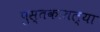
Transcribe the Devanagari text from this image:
पुस्‍तकातल्या